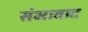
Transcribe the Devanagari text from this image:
संभावाद